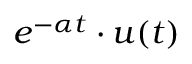
e ^ { - \alpha t } \cdot u ( t )